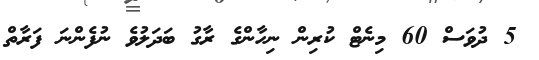
5 ދުވަސް 60 މިނެޓް ކުރިން ނިހާންގެ ރާގު ބަދަލުވެ ނުފެންނަ ފަރާތް